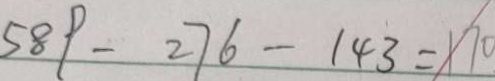
5 8 9 - 2 7 6 - 1 4 3 = 1 7 0